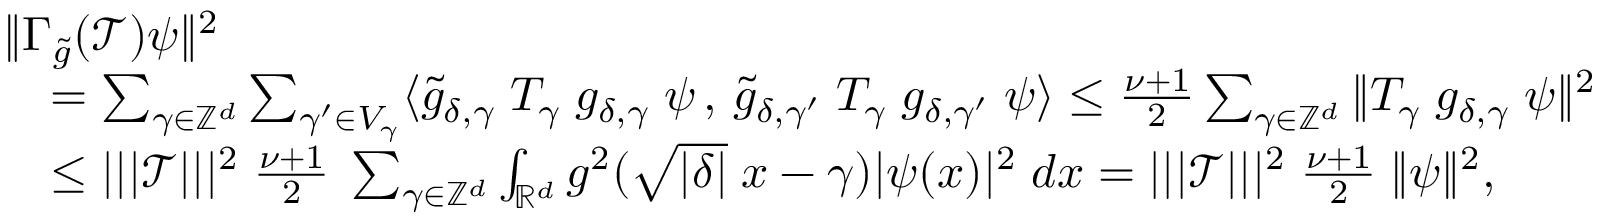
\begin{array} { r l } & { \Vert \Gamma _ { \tilde { g } } ( \mathcal { T } ) \psi \Vert ^ { 2 } } \\ & { \quad = \sum _ { \gamma \in \mathbb { Z } ^ { d } } \sum _ { \gamma ^ { \prime } \in V _ { \gamma } } \langle \tilde { g } _ { \delta , \gamma } \; T _ { \gamma } \; { g } _ { \delta , \gamma } \; \psi \, , \, \tilde { g } _ { \delta , \gamma ^ { \prime } } \; T _ { \gamma } \; { g } _ { \delta , \gamma ^ { \prime } } \; \psi \rangle \leq \frac { \nu + 1 } { 2 } \sum _ { \gamma \in \mathbb { Z } ^ { d } } \Vert T _ { \gamma } \; { g } _ { \delta , \gamma } \; \psi \Vert ^ { 2 } } \\ & { \quad \leq | | | \mathcal { T } | | | ^ { 2 } \; \frac { \nu + 1 } { 2 } \; \sum _ { \gamma \in \mathbb { Z } ^ { d } } \int _ { \mathbb { R } ^ { d } } g ^ { 2 } ( \sqrt { | \delta | } \; x - \gamma ) | \psi ( x ) | ^ { 2 } \; d x = | | | \mathcal { T } | | | ^ { 2 } \; \frac { \nu + 1 } { 2 } \; \Vert \psi \Vert ^ { 2 } , } \end{array}